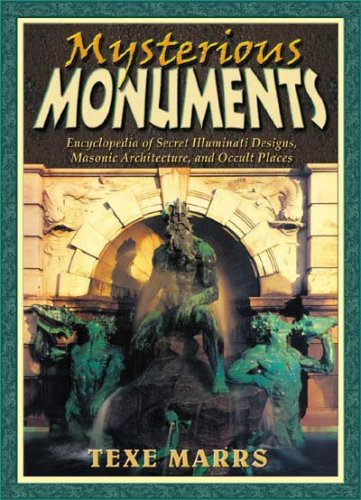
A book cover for Mysterious Monuments: Encyclopedia of Secret Illuminati Designs, Masonic Architecture, and Occult Places; Texe Marrs; Arts & Photography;